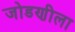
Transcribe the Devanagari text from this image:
जोडणीला